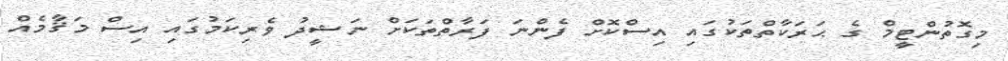
މިގޮތުންޓީމް ގެ ޙަރަކާތްތަކުގައި އިސްކޮށް ފެންނަ ފަރާތްތަކަށް ނަޝީދު ވެރިކަމުގައި އިސް މަޤާާމެއް